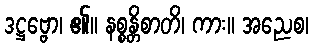
ဒဋ္ဌဗ္ဗော၊ ၏။ နစ္စန္တိစာတိ၊ ကား။ အညေစ၊